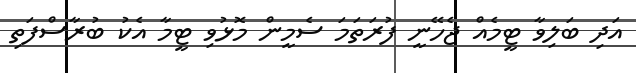
އަދި ބަލިވާ ޓީމެއް ޖެހޭނީ ފުރަތަމަ ސެމީން މޮޅުވި ޓީމާ އެކު ބުރާސްފަތި